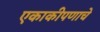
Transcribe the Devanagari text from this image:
एकाकीपणाचे